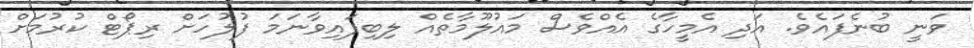
ވަނީ ބުނެފައެވެ. އަދި އެމީހާގެ އެއްވެސް މައުލޫމާތެއް ލިބިފައިވާނަމަ ފުލުހަށް ރިޕޯޓް ކުރުމަށް